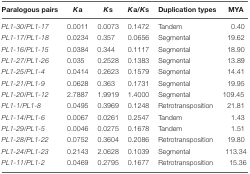
<table><thead><tr><td><b>Paralogous pairs</b></td><td><b><i>K</i>a</b></td><td><b><i>K</i>s</b></td><td><b><i>K</i>a/<i>K</i>s</b></td><td><b>Duplication types</b></td><td><b>MYA</b></td></tr></thead><tbody><tr><td><i>PL1-30</i>/<i>PL1-17</i></td><td>0.0011</td><td>0.0073</td><td>0.1472</td><td>Tandem</td><td>0.40</td></tr><tr><td><i>PL1-17</i>/<i>PL1-18</i></td><td>0.0234</td><td>0.357</td><td>0.0656</td><td>Segmental</td><td>19.62</td></tr><tr><td><i>PL1-16</i>/<i>PL1-15</i></td><td>0.0384</td><td>0.344</td><td>0.1117</td><td>Segmental</td><td>18.90</td></tr><tr><td><i>PL1-27</i>/<i>PL1-26</i></td><td>0.035</td><td>0.2528</td><td>0.1383</td><td>Segmental</td><td>13.89</td></tr><tr><td><i>PL1-25</i>/<i>PL1-4</i></td><td>0.0414</td><td>0.2623</td><td>0.1579</td><td>Segmental</td><td>14.41</td></tr><tr><td><i>PL1-21</i>/<i>PL1-9</i></td><td>0.0628</td><td>0.363</td><td>0.1731</td><td>Segmental</td><td>19.95</td></tr><tr><td><i>PL1-20</i>/<i>PL1-12</i></td><td>2.7887</td><td>1.9919</td><td>1.4000</td><td>Segmental</td><td>109.45</td></tr><tr><td><i>PL1-1</i>/<i>PL1-8</i></td><td>0.0495</td><td>0.3969</td><td>0.1248</td><td>Retrotransposition</td><td>21.81</td></tr><tr><td><i>PL1-14</i>/<i>PL1-6</i></td><td>0.0067</td><td>0.0261</td><td>0.2547</td><td>Tandem</td><td>1.43</td></tr><tr><td><i>PL1-29</i>/<i>PL1-5</i></td><td>0.0046</td><td>0.0275</td><td>0.1678</td><td>Tandem</td><td>1.51</td></tr><tr><td><i>PL1-28</i>/<i>PL1-22</i></td><td>0.0752</td><td>0.3604</td><td>0.2086</td><td>Retrotransposition</td><td>19.80</td></tr><tr><td><i>PL1-24</i>/<i>PL1-23</i></td><td>0.2143</td><td>2.0628</td><td>0.1039</td><td>Segmental</td><td>113.34</td></tr><tr><td><i>PL1-11</i>/<i>PL1-2</i></td><td>0.0469</td><td>0.2795</td><td>0.1677</td><td>Retrotransposition</td><td>15.36</td></tr></tbody></table>